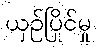
ယှဉ်ပြိုင်မှု